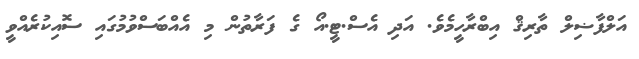
އަލްފާޟިލް ތާރިޤް އިބްރާހީމެވެ. އަދި އެސް.ޓީ.އޯ ގެ ފަރާތުން މި އެއްބަސްވުމުގައި ސޮއިކުރެއްވީ